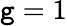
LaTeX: \mathtt{g}=1